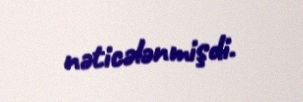
nəticələnmişdi.